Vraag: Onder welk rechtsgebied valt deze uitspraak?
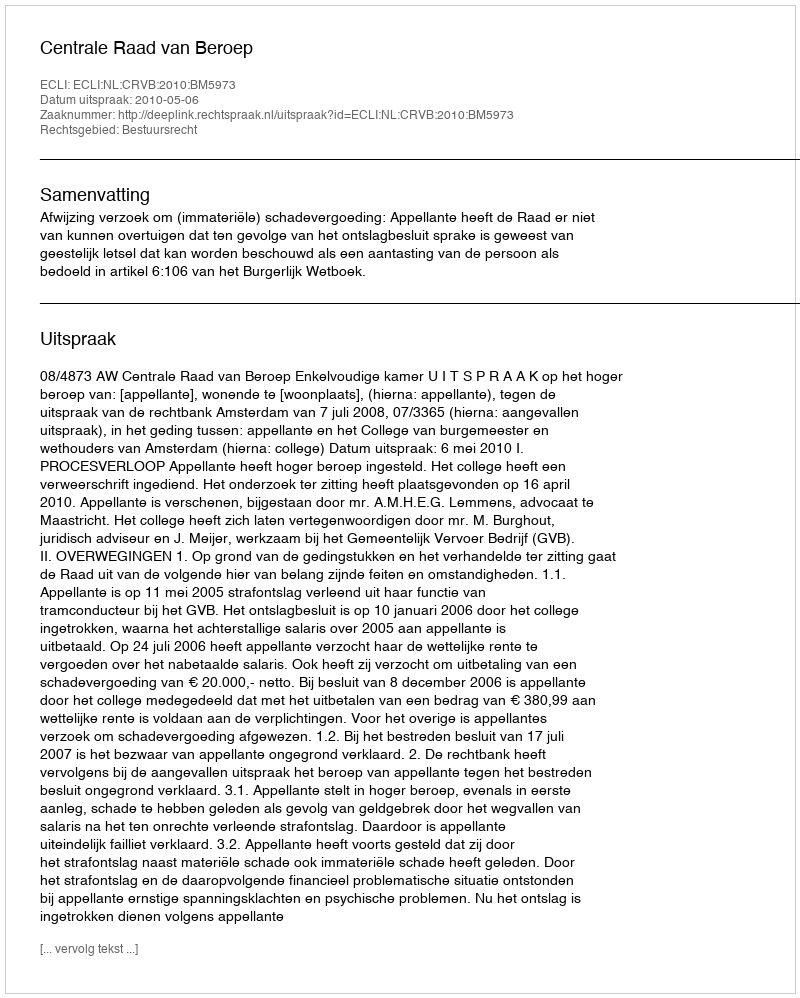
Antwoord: Bestuursrecht